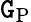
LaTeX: \mathtt{G}_{\mathrm{{P}}}